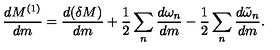
{ \frac { d M ^ { ( 1 ) } } { d m } } = { \frac { d ( \delta M ) } { d m } } + { \frac { 1 } { 2 } } \sum _ { n } { \frac { d \omega _ { n } } { d m } } - { \frac { 1 } { 2 } } \sum _ { n } { \frac { d \tilde { \omega } _ { n } } { d m } } .